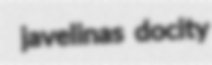
javelinas docity